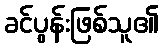
ခင်ပွန်းဖြစ်သူ၏